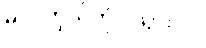
မင်း ကိုယ်တိုင် သွားပါ။